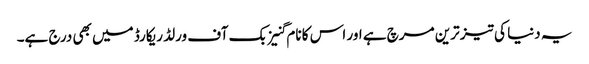
یہ دنیا کی تیز ترین مرچ ہے اور اس کا نام گنیز بک آف ورلڈ ریکارڈ میں بھی درج ہے۔